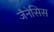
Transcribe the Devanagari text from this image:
जैनेसिस